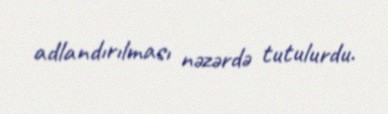
adlandırılması nəzərdə tutulurdu.